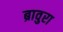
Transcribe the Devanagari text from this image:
ब्रावुरा